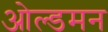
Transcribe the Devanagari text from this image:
ओल्डमन